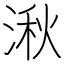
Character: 湫